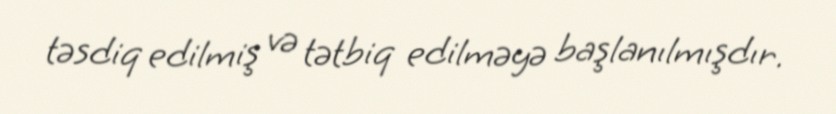
təsdiq edilmiş və tətbiq edilməyə başlanılmışdır.